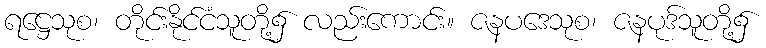
ရဋ္ဌေသုစ၊ တိုင်းနိုင်ငံသူတို့၌ လည်းကောင်း။ ဇနပဒေသုစ၊ ဇနပုဒ်သူတို့၌